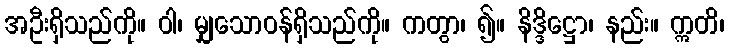
အဦးရှိသည်ကို။ ဝါ၊ မျှသောဝန်ရှိသည်ကို။ ကတွာ၊ ၍။ နိဒ္ဒိဋ္ဌော၊ နည်း။ ဣတိ၊